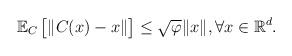
LaTeX: \begin{align*} \mathbb{E}_C\begin{bmatrix} \Vert C(x)-x\Vert \end{bmatrix}\leq\sqrt{\varphi}\Vert x\Vert, \forall x\in\mathbb{R}^d.\end{align*}